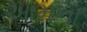
આમના